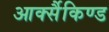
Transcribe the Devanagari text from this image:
आर्क्सैकिण्ड